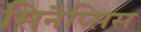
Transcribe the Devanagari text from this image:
सिनैप्सिस